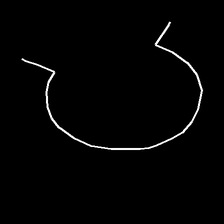
Glyph: weave